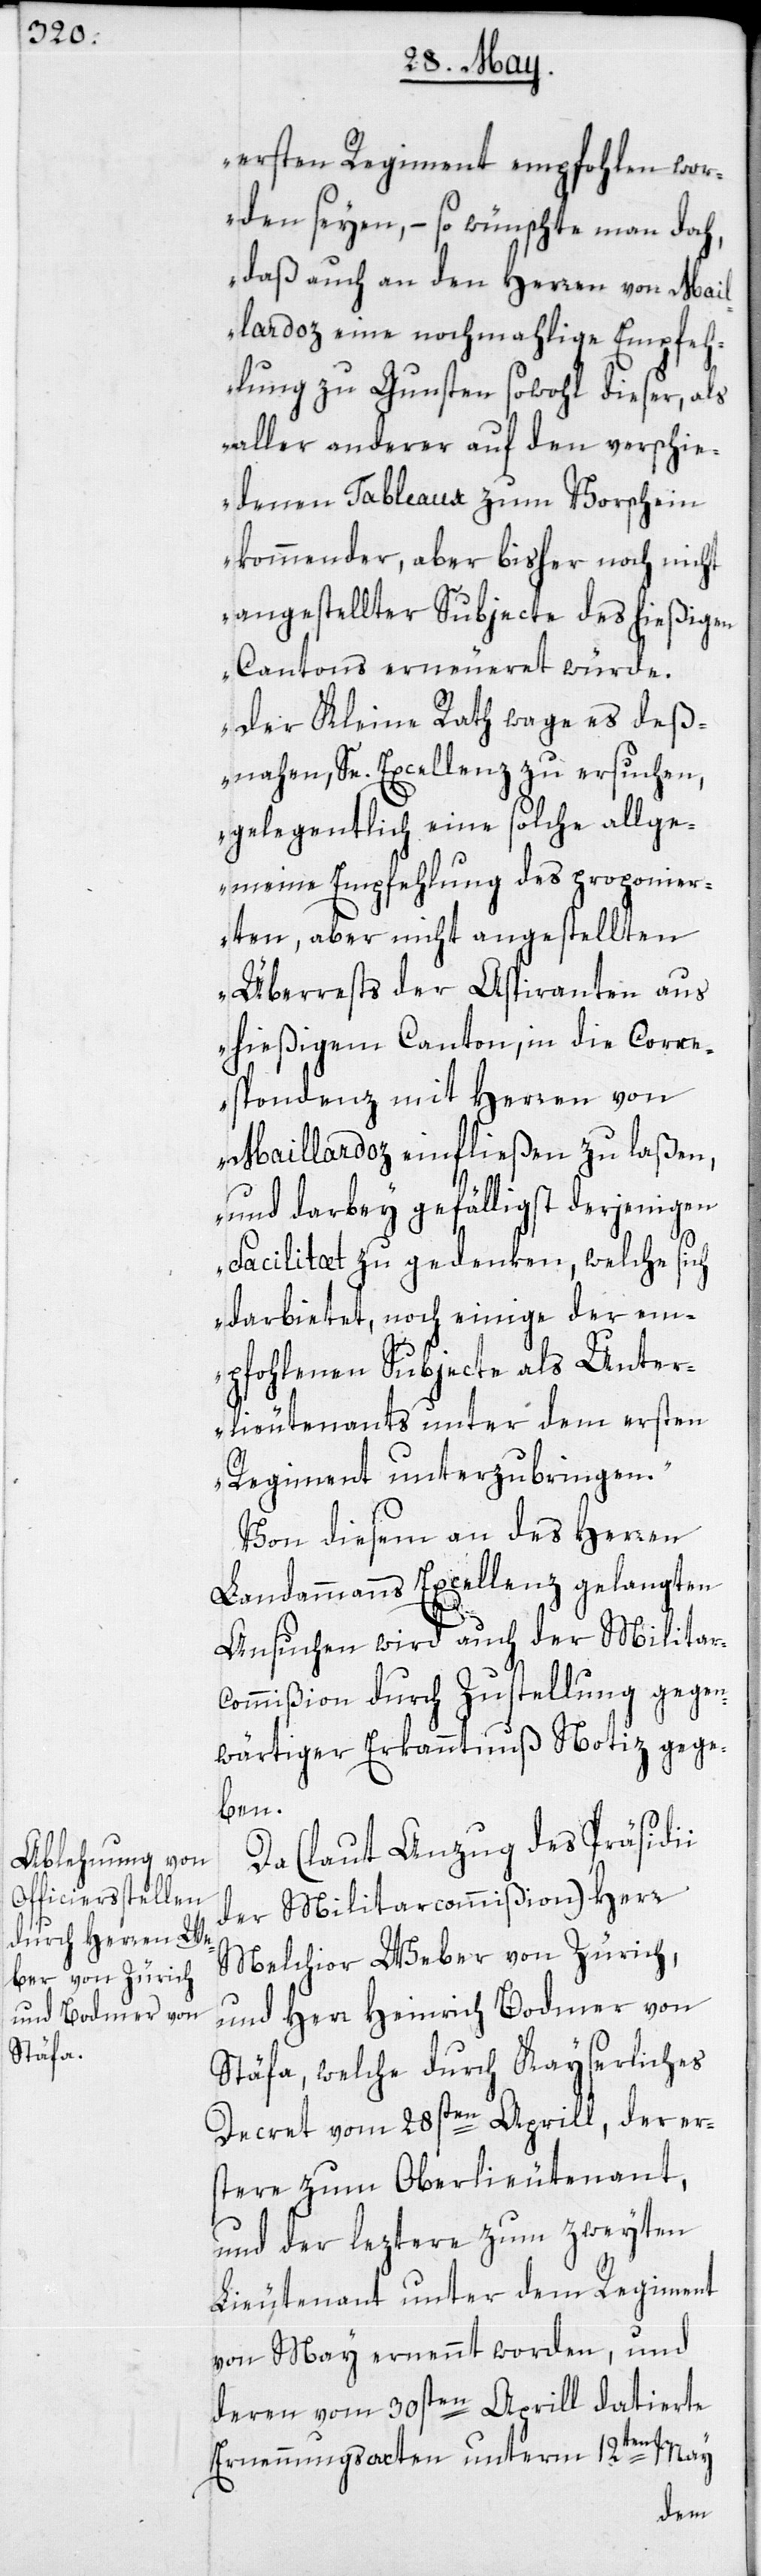
ersten Regiment empfohlen wor¬
den seyen, – so wünschte man doch,
daß auch an den Herren von Mai¬
llardoz eine nochmahlige Empfeh¬
lung zu Gunsten sowohl dieser, als
aller anderer auf den verschie¬
denen Tableaux zum Vorschein
kommender, aber bisher noch nicht
angestellter Subjecte des hießigen
Cantons erneueret würde.
Der Kleine Rath wage es deß¬
nahen, Se. Excellenz zu ersuchen,
gelegentlich eine solche allge¬
meine Empfehlung des proponier¬
ten, aber nicht angestellten
Überrests der Aspiranten aus
hießigem Canton, in die Corre¬
spondenz mit Herren von
Maillardoz einfließen zu laßen,
und darbey gefälligst derjenigen
Facilitæt zu gedenken, welche sich
darbietet, noch einige der e¬
mpfohlenen Subjecte als Unter¬
lieutenants unter dem ersten
Regiment unterzubringen.“
Von diesem an des Herren
Landammanns Excellenz gelangten
Ansuchen wird auch der Militar¬
commißion durch Zustellung gegen¬
wärtiger Erkanntnuß Notiz gege¬
ben.
Da (laut Anzug des Präsidii
der Militarcommißion) Herr
Melchior Weber von Zürich
und Herr Heinrich Bodmer von
Stäfa, welche durch Kayserliches
Decret vom 28sten Aprill, der er¬
stere zum Oberlieutenant,
und der leztere zum zweyten
Lieutenant unter dem Regiment
von May ernennt worden, und
deren vom 30sten Aprill datierte
Ernennungsacten unterm 12ten May